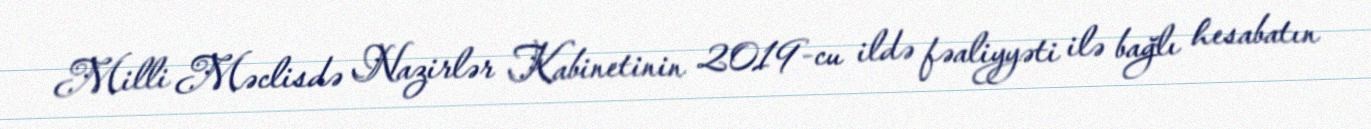
Milli Məclisdə Nazirlər Kabinetinin 2019-cu ildə fəaliyyəti ilə bağlı hesabatın